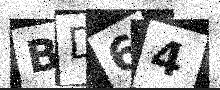
Text: BD64